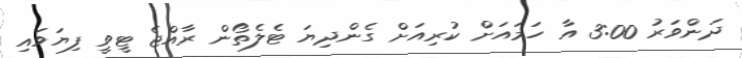
ދަންވަރު 3:00 އާ ހަމައަށް ކުރިއަށް ގެންދިޔަ ޓެލެތޯން ރާއްޖެ ޓީވީ ފިޔަވައި